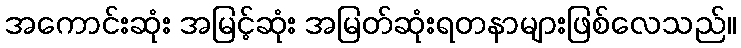
အကောင်းဆုံး အမြင့်ဆုံး အမြတ်ဆုံးရတနာများဖြစ်လေသည်။